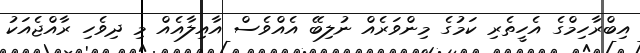
އިބްރާހިމްގެ އެހީތެރި ކަމުގެ މިންވަރެއް ނުލިބޭ އެއްވެސް އާއިލާއެއް މި ދިވެހި ރާއްޖެއަކު